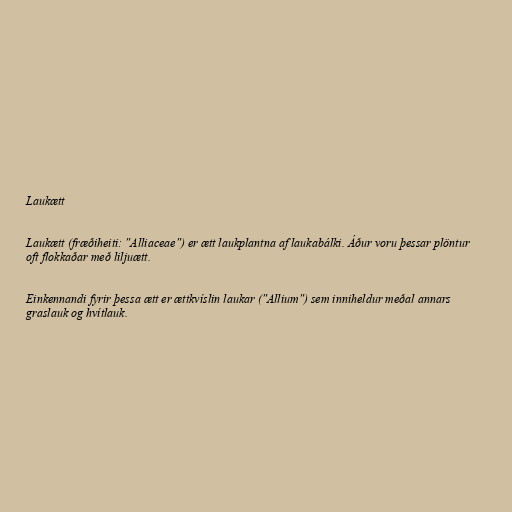
Laukætt

Laukætt (fræðiheiti: "Alliaceae") er ætt laukplantna af laukabálki. Áður voru þessar plöntur
oft flokkaðar með liljuætt.

Einkennandi fyrir þessa ætt er ættkvíslin laukar ("Allium") sem inniheldur meðal annars
graslauk og hvítlauk.